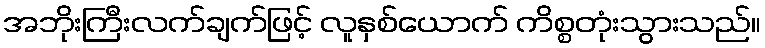
အဘိုးကြီးလက်ချက်ဖြင့် လူနှစ်ယောက် ကိစ္စတုံးသွားသည်။